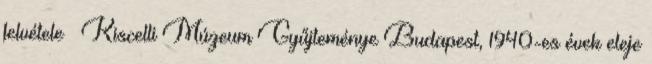
felvétele Kiscelli Múzeum Gyűjteménye Budapest, 1940-es évek eleje